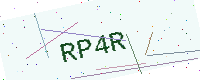
Text: RP4R